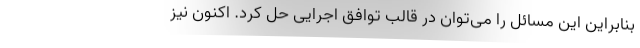
بنابراین این مسائل را می‌توان در قالب توافق اجرایی حل کرد. اکنون نیز